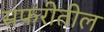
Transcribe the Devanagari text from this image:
सफरीतील